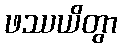
ဖဿယိတွာ